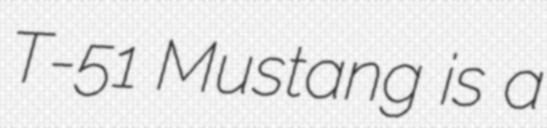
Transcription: T-51 Mustang is a